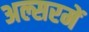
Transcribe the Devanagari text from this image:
अल्सरमें